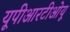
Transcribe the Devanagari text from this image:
यूपीआरटीओयू